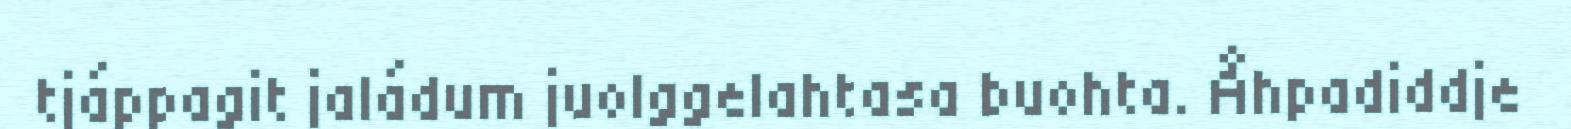
tjáppagit jaládum juolggelahtasa buohta. Åhpadiddje